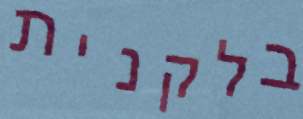
בלקנית